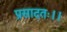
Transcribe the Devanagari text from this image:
प्रसादतः।।